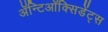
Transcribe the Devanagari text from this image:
ॲन्टिऑक्सिडेंट्स